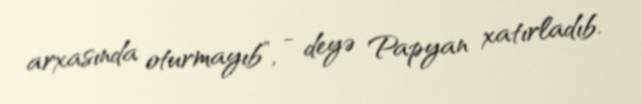
arxasında oturmayıb”, - deyə Papyan xatırladıb.